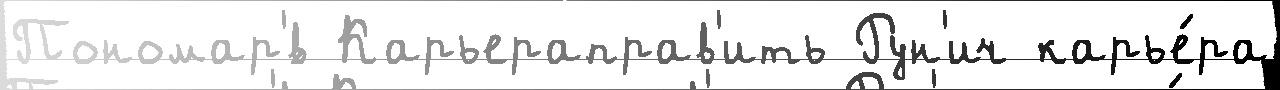
Пономар'́в Карьераправ'ить Рун'ич карье́ра